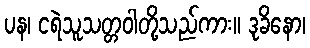
ပန၊ ငရဲသူသတ္တဝါတို့သည်ကား။ ဒုခိနော၊